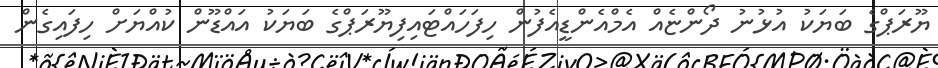
ޔޫރަޕްގެ ބަޔަކު އުޅުނު ދޯންޏެއް އެމްއެންޑީއެފުން ހިފަހައްޓައިފިޔޫރަޕްގެ ބަޔަކު އައްޑޫން ކުއްޔަށް ހިފައިގެން